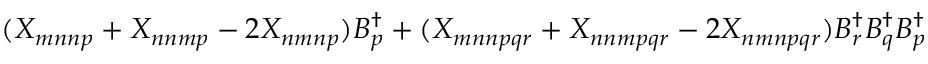
( X _ { m n n p } + X _ { n n m p } - 2 X _ { n m n p } ) B _ { p } ^ { \dagger } + ( X _ { m n n p q r } + X _ { n n m p q r } - 2 X _ { n m n p q r } ) B _ { r } ^ { \dagger } B _ { q } ^ { \dagger } B _ { p } ^ { \dagger }